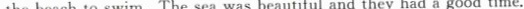
the beach to swim. The sea was beautiful and they had a good time.